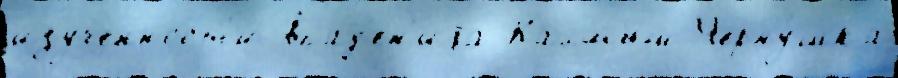
изученност'и впад'ен'иjа Калмыш Черну́шка